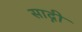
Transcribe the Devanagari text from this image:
साद्गी